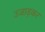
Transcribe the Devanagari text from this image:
उजाड़कर